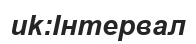
uk:Інтервал